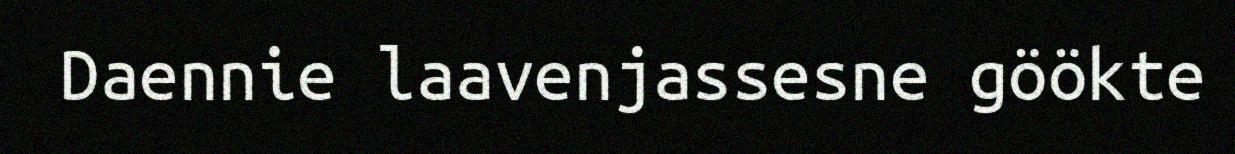
Daennie laavenjassesne göökte